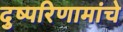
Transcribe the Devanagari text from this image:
दुष्परिणामांचे